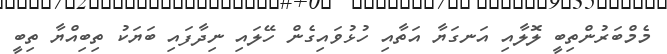
މެމްބަރުންތިބީ ލޮލާއި އަނގަޔާ އަތާއި ހުޅުވައިގެން ހޭލައި ނިދާފައި ބަޔަކު ތިބިއްޔާ ތިބީ